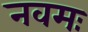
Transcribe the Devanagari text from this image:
नवमः